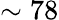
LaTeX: \sim 78